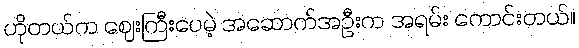
ဟိုတယ်က ဈေးကြီးပေမဲ့ အဆောက်အဦးက အရမ်း ကောင်းတယ်။